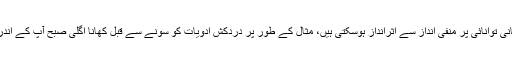
مخصوص ادویات کو رات کو کھانا اگلی صبح جسمانی توانائی پر منفی انداز سے اثرانداز ہوسکتی ہیں، مثال کے طور پر دردکش ادویات کو سونے سے قبل کھانا اگلی صبح آپ کے اندر تھکاوٹ کا احساس جگانے کا باعث بن سکتی ہیں۔